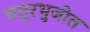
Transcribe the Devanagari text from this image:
चतुरभुजोत